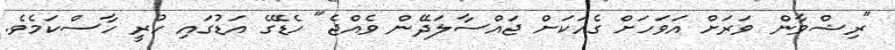
"ރިޝްވާން ވަރަށް އަވަހަށް ގެއަކަށް ޖައްސާލަދޭން ވެއްޖެ" ހެޑޭގެ އަޑުގައި ހުރީ ހާސްކަމެވެ.